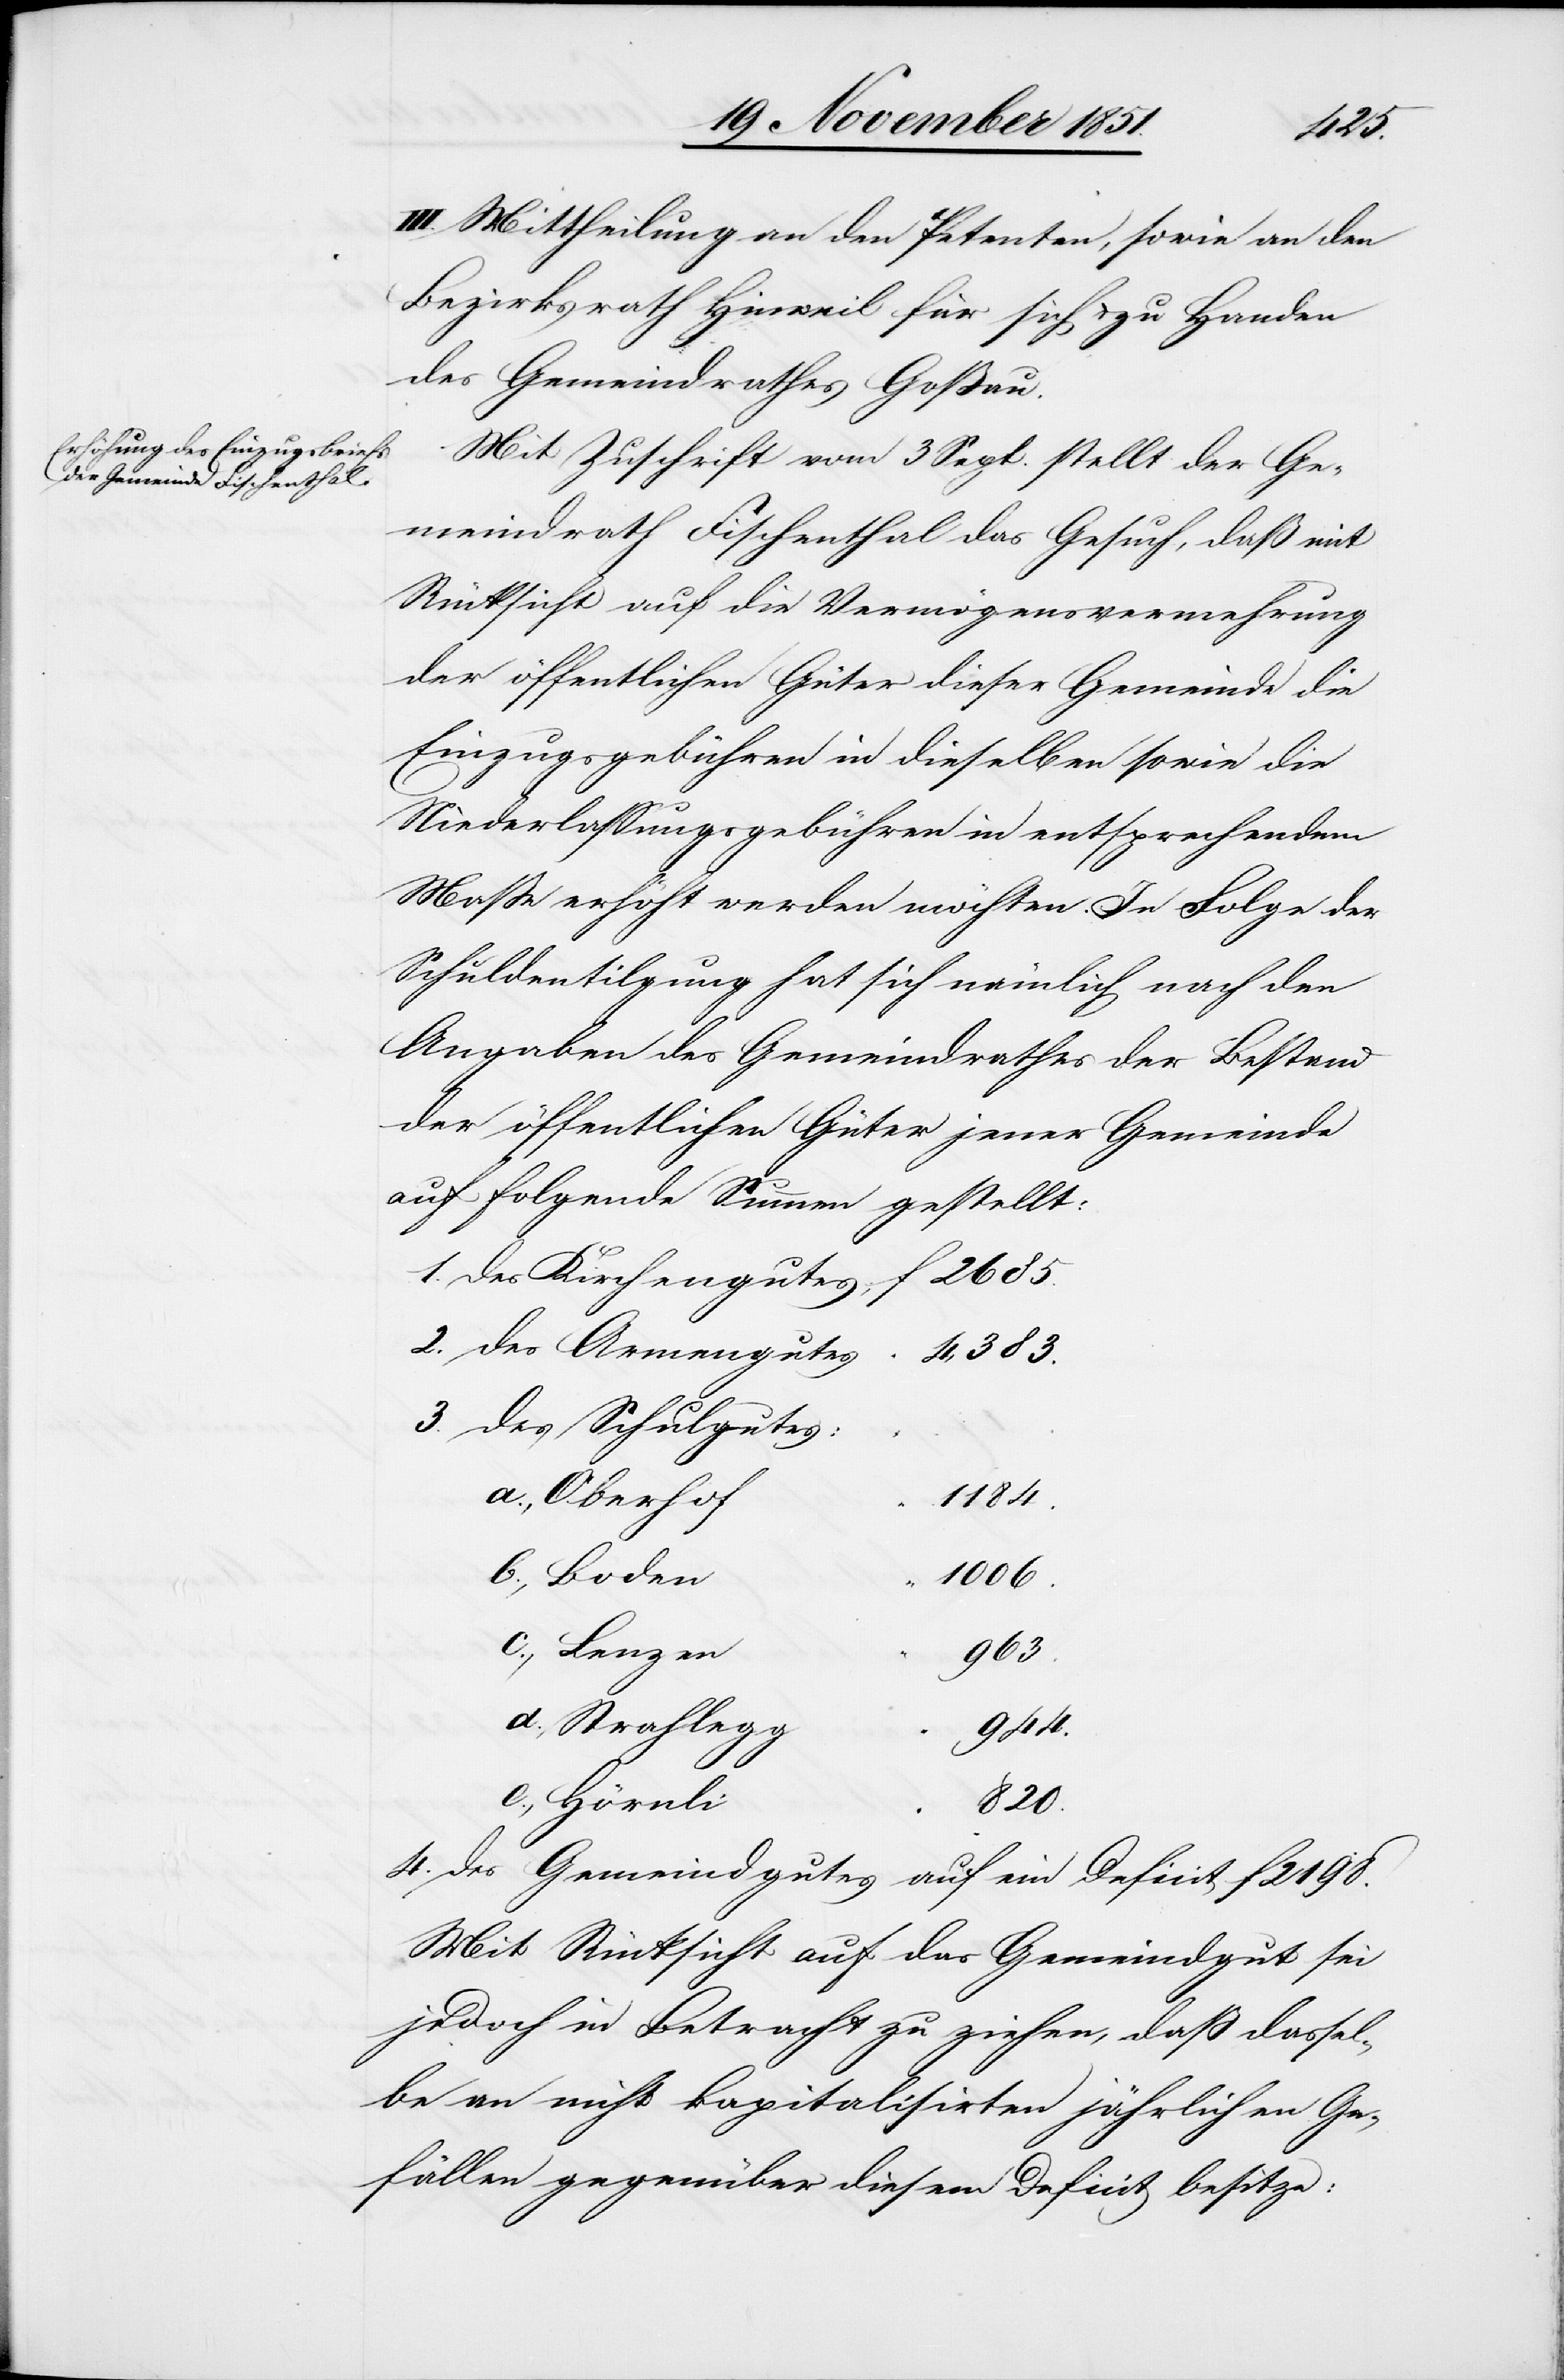
2685.
III. Mittheilung an den Petenten, sowie an den
Bezirksrath Hinweil für sich & zu Handen
des Gemeindrathes Goßau.
Mit Zuschrift vom 3 Sept. stellt der Ge¬
meindrath Fischenthal das Gesuch, daß mit
Rücksicht auf die Vermögensvermehrung
der öffentlichen Güter dieser Gemeinde die
Einzugsgebühren in dieselben sowie die
Niederlassungsgebühren in entsprechendem
Maße erhöht werden möchten. In Folge der
Schuldentilgung hat sich nämlich nach den
Angaben des Gemeindrathes der Bestand
der öffentlichen Güter jener Gemeinde
auf folgende Summen gestellt:
des Armengutes
4,383.
des Schulgutes:
a., Oberhof
1184.
b., Boden
1006.
c., Lenzen
963.
d., Strahlegg
944.
2.
e., Hörnli
820.
des Gemeindgutes auf ein Deficit f 2198.
Mit Rücksicht auf das Gemeindgut sei
jedoch in Betracht zu ziehen, daß dassel¬
be an nicht kapitalisirten jährlichen Ge¬
fällen gegenüber diesem Deficit besitze: